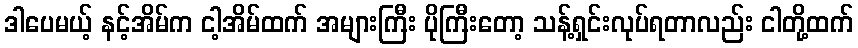
ဒါပေမယ့် နင့်အိမ်က ငါ့အိမ်ထက် အများကြီး ပိုကြီးတော့ သန့်ရှင်းလုပ်ရတာလည်း ငါတို့ထက်